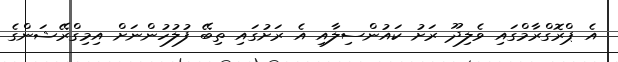
އެ ޕްރޮގްރާމްގައި ވެލިދޫ ރަށު ކައުންސިލާއި އެ ރަށުގައި ތިބޭ ފުލުހުންނަށް އިމިގްރޭޝަންގެ